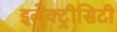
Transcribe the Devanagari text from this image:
इलेक्ट्रीसिटी